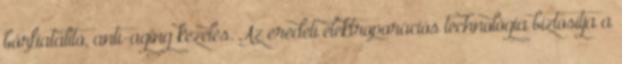
bőrfiatalító, anti-aging kezelés. Az eredeti elektroporációs technológia biztosítja a